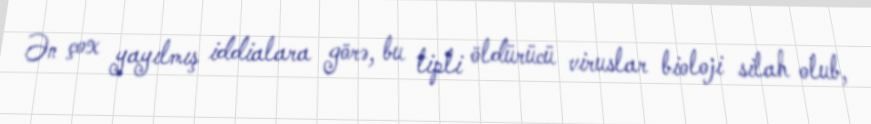
Ən çox yayılmış iddialara görə, bu tipli öldürücü viruslar bioloji silah olub,